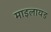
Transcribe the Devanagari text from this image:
माइलायड